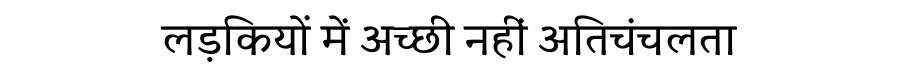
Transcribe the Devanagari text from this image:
लड़कियों में अच्छी नहीं अतिचंचलता